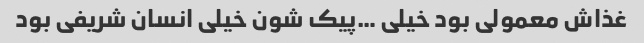
غذاش معمولی بود خیلی …پیک شون خیلی انسان شریفی بود